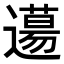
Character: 𨗪